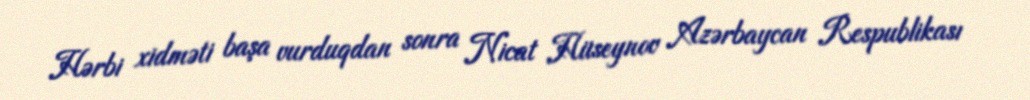
Hərbi xidməti başa vurduqdan sonra Nicat Hüseynov Azərbaycan Respublikası